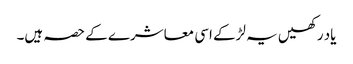
یاد رکھیں یہ لڑکے اسی معاشرے کے حصہ ہیں۔